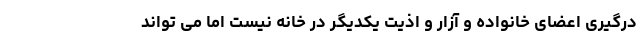
درگیری اعضای خانواده و آزار و اذیت یکدیگر در خانه نیست اما می تواند